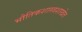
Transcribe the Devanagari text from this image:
भौतिकशास्त्रशाखेत